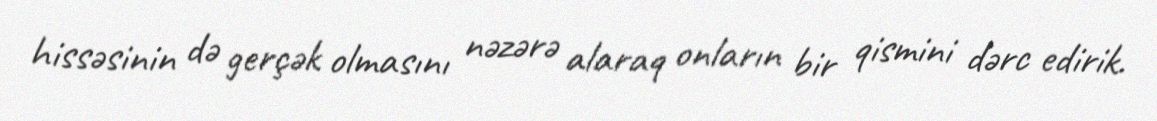
hissəsinin də gerçək olmasını nəzərə alaraq onların bir qismini dərc edirik.